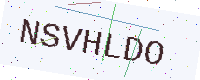
Text: NSVHLDO